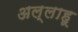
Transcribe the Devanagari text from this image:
अल्लाहू